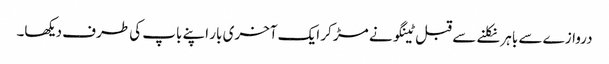
دروازے سے باہر نکلنے سے قبل ٹینگو نے مڑ کر ایک آخری بار اپنے باپ کی طرف دیکھا۔